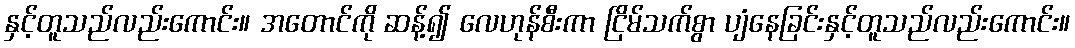
နှင့်တူသည်လည်းကောင်း။ အတောင်ကို ဆန့်၍ လေဟုန်စီးကာ ငြိမ်သက်စွာ ပျံနေခြင်းနှင့်တူသည်လည်းကောင်း။